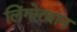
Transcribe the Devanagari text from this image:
लिंगोत्थान